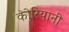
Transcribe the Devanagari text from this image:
कोरियानी